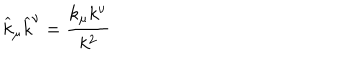
\widehat { k } _ { \mu } \widehat { k } ^ { \nu } = \frac { k _ { \mu } k ^ { \nu } } { k ^ { 2 } }